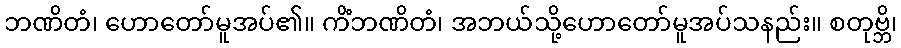
ဘဏိတံ၊ ဟောတော်မူအပ်၏။ ကိံဘဏိတံ၊ အဘယ်သို့ဟောတော်မူအပ်သနည်း။ စတုဗ္ဘိ၊